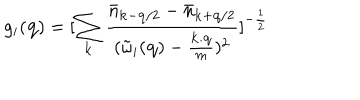
g _ { i } ( { \bf { q } } ) = [ \sum _ { { \bf { k } } } \frac { { \bar { n } } _ { { \bf { k } } - { \bf { q } } / 2 } - { \bar { n } } _ { { \bf { k } } + { \bf { q } } / 2 } } { ( { \tilde { \omega } } _ { i } ( { \bf { q } } ) - \frac { { \bf { k . q } } } { m } ) ^ { 2 } } ] ^ { - \frac { 1 } { 2 } }